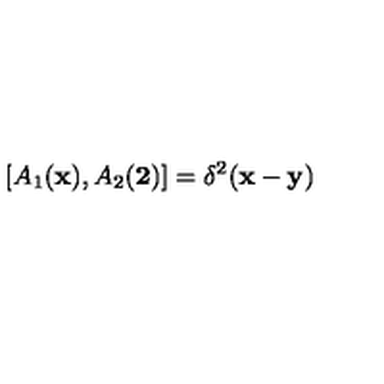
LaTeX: [ A _ { 1 } ( { \bf x } ) , A _ { 2 } ( { \bf 2 } ) ] = \delta ^ { 2 } ( { \bf x } - { \bf y } )